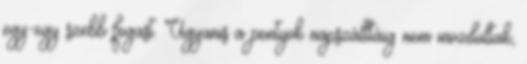
egy-egy szebb fogast. Ugyanis a pontyok napszálltáig nem mozdultak,